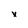
Character: x